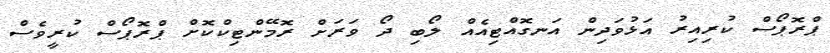
ޕްރޮޕޯސް ކުރިއިރު އަޅުވަދިން އަނގޮއްޓިއެއް ލޯބި ދޯ ވަރަށް ރޮމޭންޓިކްކޮށް ޕްރޮޕޯސް ކުރީވެސް